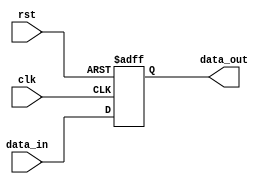
module PC (
    input clk,
    input rst,
    input [31:0] data_in,
    output reg [31:0] data_out
);

    always @(posedge clk or posedge rst) begin
        if (rst)
            data_out <= 32'b0;
        else
            data_out <= data_in;
    end

endmodule